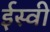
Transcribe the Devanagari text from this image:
र्इस्वी